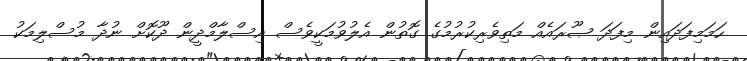
ހަމަމިފަދައިން މިފަދަ ޞޫރައެއް މަތިވެރިކުރުމުގެ ގޮތުން އެލުވުމަކީވެސް އިސްލާމްދީން ދޫކޮށް ނުދާ މުސްލިމަކު